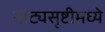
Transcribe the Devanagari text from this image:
नाट्यसृष्टीमध्ये